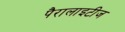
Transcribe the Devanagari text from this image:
पैरालाइटीज